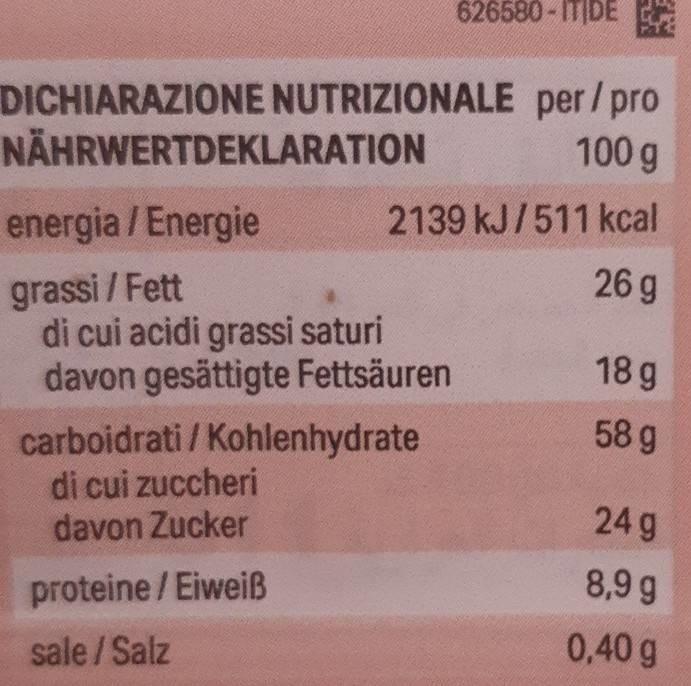
626580-ITIDE
per/pro 100 g
2139 kJ/511 kcal
26 g
DICHIARAZIONE NUTRIZIONALE
NÄHRWERTDEKLARATION
energia / Energie
grassi/Fett
di cui acidi grassi saturi davon gesättigte Fettsäuren
carboidrati / Kohlenhydrate
di cui zuccheri davon Zucker
proteine / Eiweiß
sale/Salz
18 g
58 g
24 g
8,9 g
0,40 g